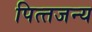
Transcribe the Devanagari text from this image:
पित्‍तजन्‍य